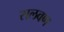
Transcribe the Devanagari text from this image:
सलवण